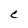
Character: C